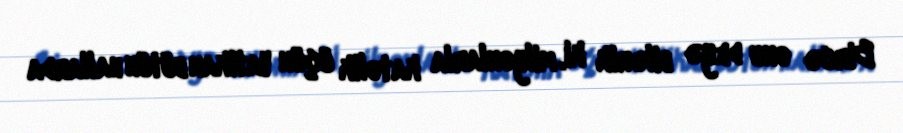
Bircə onu deyə bilərik ki, milyonlarla katolik üçün Vatikan bütün hallarda